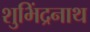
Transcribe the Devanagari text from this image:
शुभिंद्रनाथ